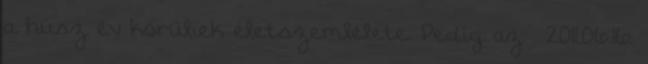
a húsz év körüliek életszemlélete. Pedig az . 2011.06.16.